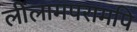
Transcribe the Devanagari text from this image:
लीलामपरामपि